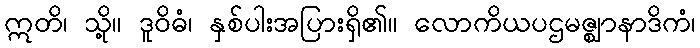
ဣတိ၊ သို့။ ဒူဝိဓံ၊ နှစ်ပါးအပြားရှိ၏။ လောကိယပဌမဇ္ဈာနာဒိကံ၊